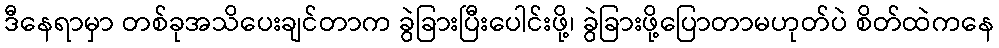
ဒီနေရာမှာ တစ်ခုအသိပေးချင်တာက ခွဲခြားပြီးပေါင်းဖို့၊ ခွဲခြားဖို့ပြောတာမဟုတ်ပဲ စိတ်ထဲကနေ